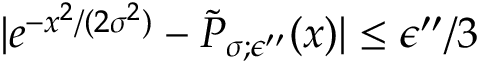
| e ^ { - x ^ { 2 } / ( 2 \sigma ^ { 2 } ) } - \tilde { P } _ { \sigma ; \epsilon ^ { \prime \prime } } ( x ) | \le \epsilon ^ { \prime \prime } / 3